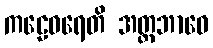
ကဠေဝရေတိ အတ္တဘာဝေ